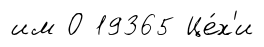
им О 19365 Це́х'и